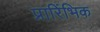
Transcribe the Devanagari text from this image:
प्रारिंभिक